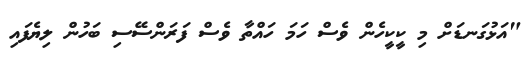
"އަޅުގަނޑަށް މި ކީކީހެން ވެސް ހަމަ ހައްތާ ވެސް ފަރަންސޭސި ބަހުން ލިޔެފައި